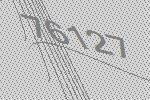
76127